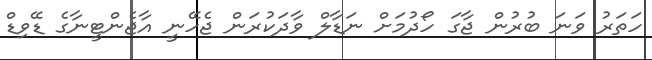
ހަތަރު ވަނަ ބުރުން ޖާގަ ހޯދުމަށް ނަޑާލް ވާދަކުރަން ޖެހޭނީ އާޖެންޓީނާގެ ޑޭވިޑް